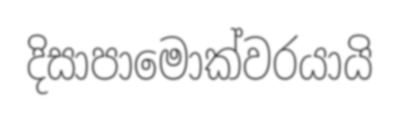
දිසාපාමොක්වරයායි